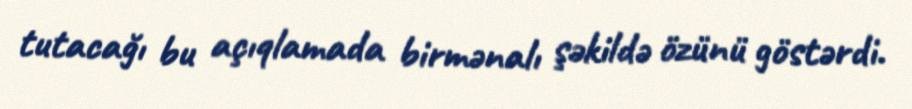
tutacağı bu açıqlamada birmənalı şəkildə özünü göstərdi.